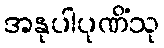
အနုပါပုဏိံသု